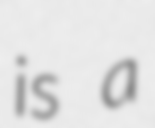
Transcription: is a